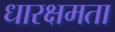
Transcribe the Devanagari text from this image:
धारक्षमता